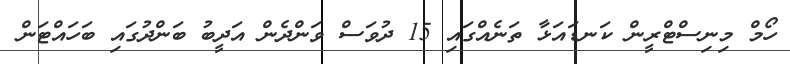
ހޯމް މިނިސްޓްރީން ކަނޑައަޅާ ތަނެއްގައި 15 ދުވަސް ވަންދެން އަދީބު ބަންދުގައި ބަހައްޓަން